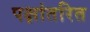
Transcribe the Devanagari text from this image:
पक्षांतरित